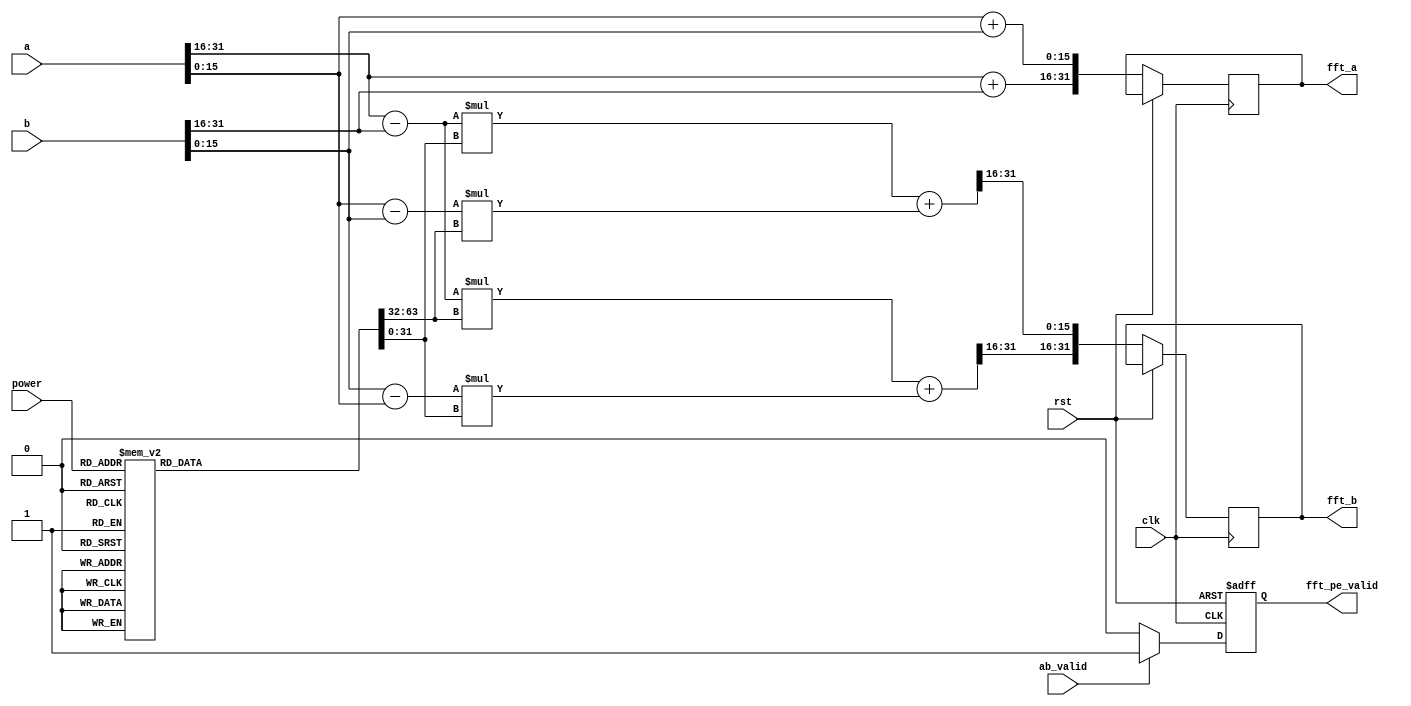
module FFT_PE(
			 clk, 
			 rst, 			 
			 a, 
			 b,
			 power,			 
			 ab_valid, 
			 fft_a, 
			 fft_b,
			 fft_pe_valid
			 );
input clk, rst; 		 
input signed [31:0] a, b;
input [2:0] power;
input ab_valid;		
output reg [31:0] fft_a, fft_b;
output reg fft_pe_valid;


reg signed [31:0] W_real, W_imag;
wire signed [31:0] a_real, a_imag, b_real, b_imag;
wire signed [31:0] r_temp, i_temp;

assign a_real = $signed(a[31:16]);
assign b_real = $signed(b[31:16]);
assign a_imag = $signed(a[15:0]);
assign b_imag = $signed(b[15:0]);
assign r_temp = (a_real - b_real) * W_real + (b_imag - a_imag) * W_imag;
assign i_temp = (a_real - b_real) * W_imag + (a_imag - b_imag) * W_real;


//valid output
always @(posedge clk or posedge rst) 
begin
	if(rst)
	begin
      fft_pe_valid <= 0;
	end
	else
	begin
	   if(ab_valid)
	   begin
         fft_pe_valid <= 1;
	   end
	   else
	   begin
         fft_pe_valid <= 0;
	   end
	end
end

always @(negedge clk or posedge rst)
begin
	if(rst)
	begin
       // do nothing
	end
	else
	begin
       fft_b[31:16] = r_temp[31:16];
       fft_b[15:0] = i_temp[31:16];
       fft_a[31:16] = a_real + b_real;
       fft_a[15:0] = a_imag + b_imag;
	end
end


//Decoder
always @(*)
begin
    case(power)
    0:{W_real,W_imag} = {32'h00010000,32'h00000000};
	1:{W_real,W_imag} = {32'h0000EC83,32'hFFFF9E09};
	2:{W_real,W_imag} = {32'h0000B504,32'hFFFF4AFC};
	3:{W_real,W_imag} = {32'h000061F7,32'hFFFF137D};
	4:{W_real,W_imag} = {32'h00000000,32'hFFFF0000};
	5:{W_real,W_imag} = {32'hFFFF9E09,32'hFFFF137D};
	6:{W_real,W_imag} = {32'hFFFF4AFC,32'hFFFF4AFC};
	7:{W_real,W_imag} = {32'hFFFF137D,32'hFFFF9E09};
	endcase
end


endmodule